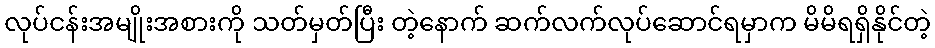
လုပ်ငန်းအမျိုးအစားကို သတ်မှတ်ပြီး တဲ့နောက် ဆက်လက်လုပ်ဆောင်ရမှာက မိမိရရှိနိုင်တဲ့